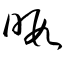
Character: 暇